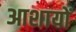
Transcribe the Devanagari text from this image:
आशायों